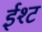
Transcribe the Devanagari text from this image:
ईश्ट